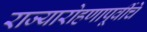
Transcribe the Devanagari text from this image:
राज्यारोहणापूर्वीचे